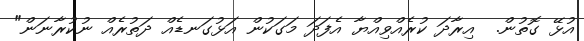
އުޅޭ ގޮތުން.  އިރާދަ ކުރެއްވިއްޔާ އެފަދަ މަގަކުން އަޅުގަނޑެއް ދަތުރެއް ނުކުރާނަން"